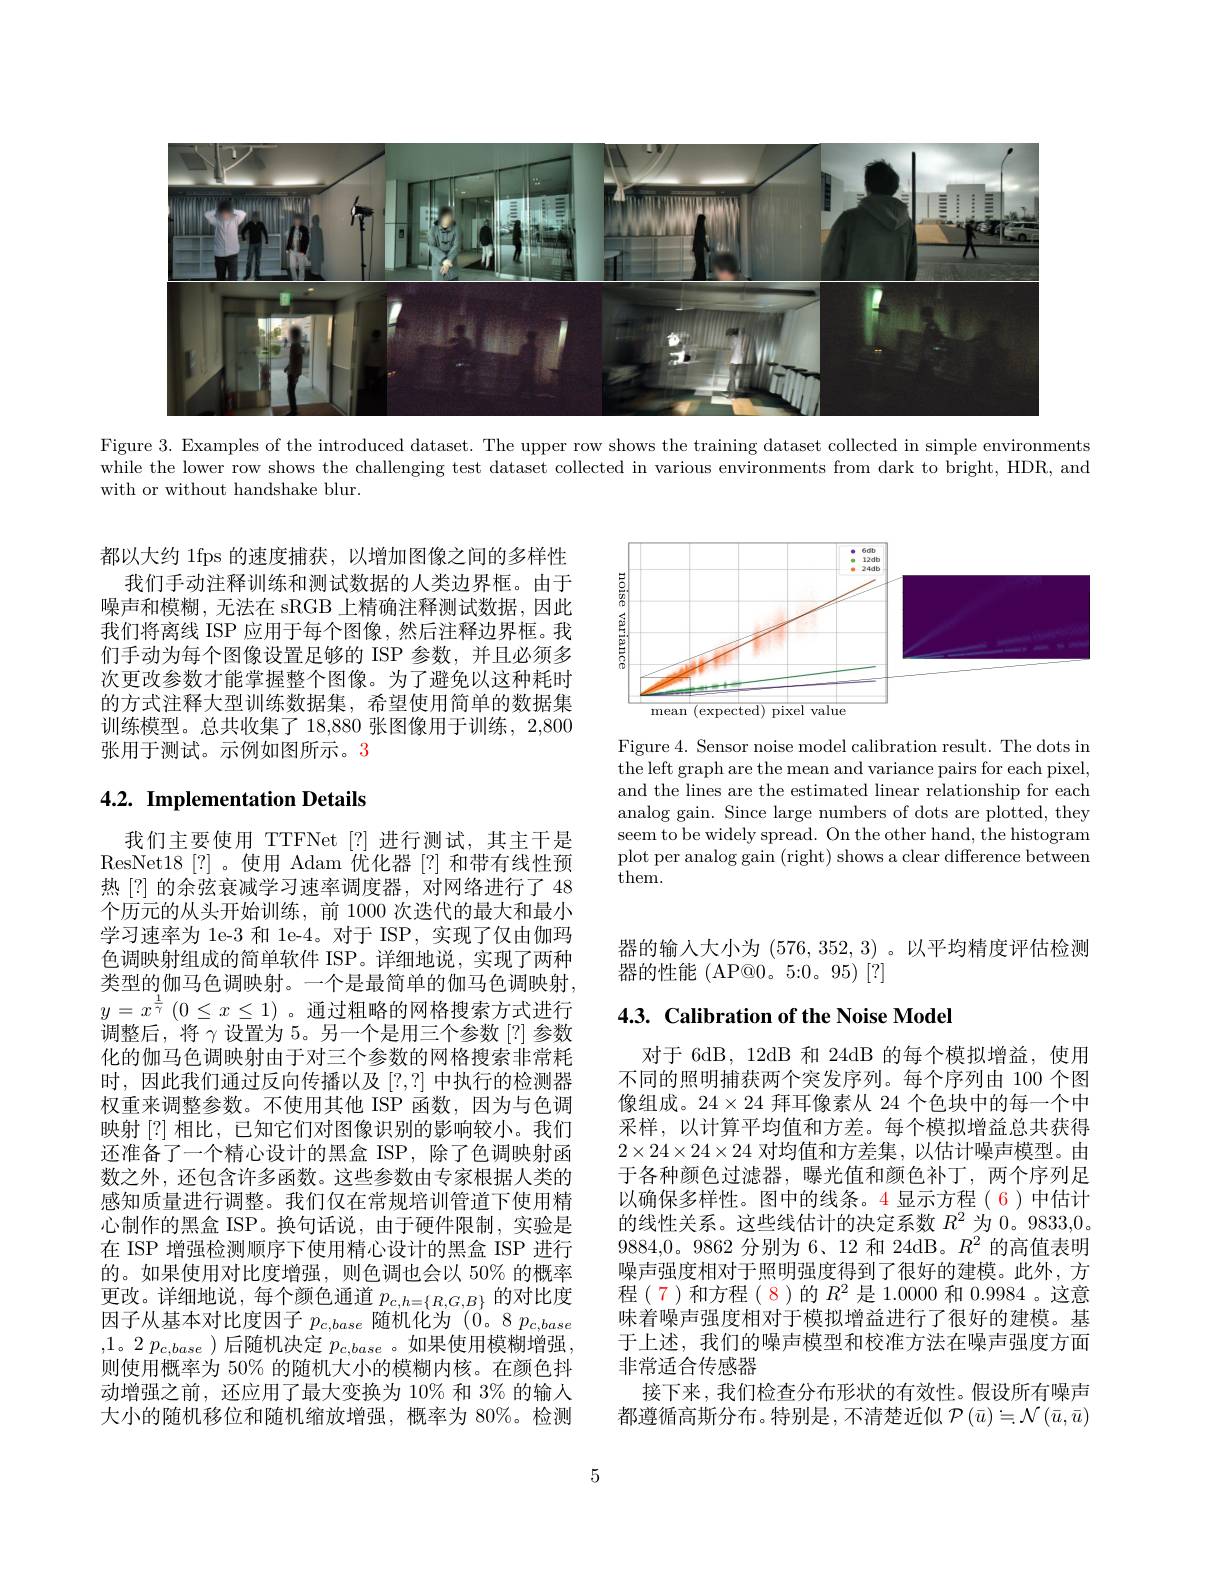
<FigureHere>

Figure 3. Examples of the introduced dataset. The upper row shows the training dataset collected in simple environments while the lower row shows the challenging test dataset collected in various environments from dark to bright, HDR, and with or without handshake blur.

<FigureHere>

都以大约 1fps 的速度捕获，以增加图像之间的多样性
我们手动注释训练和测试数据的人类边界框。由于噪声和模糊，无法在 sRGB 上精确注释测试数据，因此我们将离线 ISP 应用于每个图像，然后注释边界框。我们手动为每个图像设置足够的 ISP 参数，并且必须多次更改参数才能掌握整个图像。为了避免以这种耗时的方式注释大型训练数据集，希望使用简单的数据集训练模型。总共收集了 18,880 张图像用于训练 , 2,800张用于测试。示例如图所示。3

# 4.2. Implementation Details

Figure 4. Sensor noise model calibration result. The dots in the left graph are the mean and variance pairs for each pixel, and the lines are the estimated linear relationship for each analog gain. Since large numbers of dots are plotted, they seem to be widely spread. On the other hand, the histogram plot per analog gain (right) shows a clear difference between them.

器的输入大小为(576,352,3)。以平均精度评估检测
器的性能 (AP@0。5:0。95)[?]

## 4.3. Calibration of the Noise Model

我们主要使用 TTFNet[?] 进行测试，其主干是ResNet18[?]。使用 Adam 优化器[?]和带有线性预热[?] 的余弦衰减学习速率调度器，对网络进行了 48个历元的从头开始训练，前 1000 次迭代的最大和最小学习速率为 1e-3 和 1e-4。对于 ISP,实现了仅由伽玛色调映射组成的简单软件 ISP。详细地说，实现了两种类型的伽马色调映射。一个是最简单的伽马色调映射$y= x^{\frac 1\gamma }$ $( 0\leq x\leq 1)$。通过粗略的网格搜索方式进行调整后，将$\gamma$设置为 5。另一个是用三个参数[?]参数化的伽马色调映射由于对三个参数的网格搜索非常耗时，因此我们通过反向传播以及[?,?]中执行的检测器权重来调整参数。不使用其他 ISP 函数，因为与色调映射[?]相比，已知它们对图像识别的影响较小。我们还准备了一个精心设计的黑盒 ISP, 除了色调映射函数之外，还包含许多函数。这些参数由专家根据人类的感知质量进行调整。我们仅在常规培训管道下使用精心制作的黑盒 ISP。换句话说，由于硬件限制，实验是在 ISP 增强检测顺序下使用精心设计的黑盒 ISP 进行的。如果使用对比度增强，则色调也会以 50% 的概率更改。详细地说，每个颜色通道$p_c,h=\{R,G,B\}$的对比度因子从基本对比度因子$p_{c,base}$随机化为“(0。8 $p_{c,base}$ ,1。2 $p_{c, base}$)后随机决定 $p_c,base$ 。如果使用模糊增强， 则使用概率为 50% 的随机大小的模糊内核。在颜色抖动增强之前，还应用了最大变换为 10% 和 3% 的输入大小的随机移位和随机缩放增强，概率为 80%。检测

对于 6dB, 12dB 和 24dB 的每个模拟增益，使用不同的照明捕获两个突发序列。每个序列由 100 个图像组成。$24\times24$拜耳像素从 24 个色块中的每一个中采样，以计算平均值和方差。每个模拟增益总共获得$2\times24\times24\times24$对均值和方差集，以估计噪声模型。由于各种颜色过滤器，曝光值和颜色补丁，两个序列足以确保多样性。图中的线条。4 显示方程( 6)中估计的线性关系。这些线估计的决定系数$R^2$为 0。9833,0。9884,0。9862分别为 6、12 和 24dB。$R^2$的高值表明噪声强度相对于照明强度得到了很好的建模。此外，方程(7)和方程(8)的$R^2$ 是1.0000 和 0.9984。这意味着噪声强度相对于模拟增益进行了很好的建模。基于上述，我们的噪声模型和校准方法在噪声强度方面非常适合传感器
接下来，我们检查分布形状的有效性。假设所有噪声都遵循高斯分布。特别是，不清楚近似$\mathcal{P}\left(\bar{u}\right)\doteq\mathcal{N}\left(\bar{u},\bar{u}\right)$

5